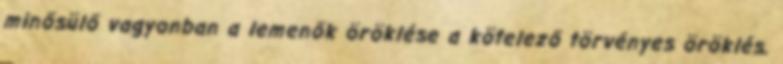
minősülő vagyonban a lemenők öröklése a kötelező törvényes öröklés.